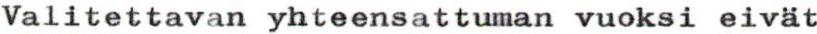
Valitettavan yhteensattuman vuoksi eivät